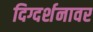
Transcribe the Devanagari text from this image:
दिग्दर्शनावर